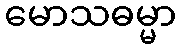
မောသဓမ္မာ